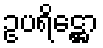
ဥပရိဋ္ဌော